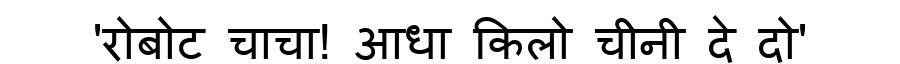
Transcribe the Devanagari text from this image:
'रोबोट चाचा! आधा किलो चीनी दे दो'